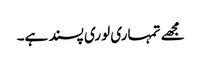
مجھے تمہاری لوری پسند ہے۔